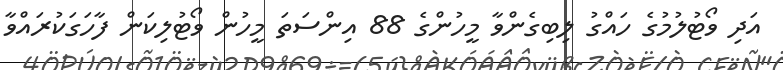
އަދި ވޯޓުލުމުގެ ހައްގު ލިބިގެންވާ މީހުންގެ 88 އިންސަތަ މީހުން ވޯޓުލިކަން ފާހަގަކުރައްވާ